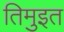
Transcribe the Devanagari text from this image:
तिमुइत